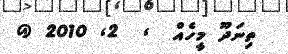
ތިނަދޫ މީހެއް